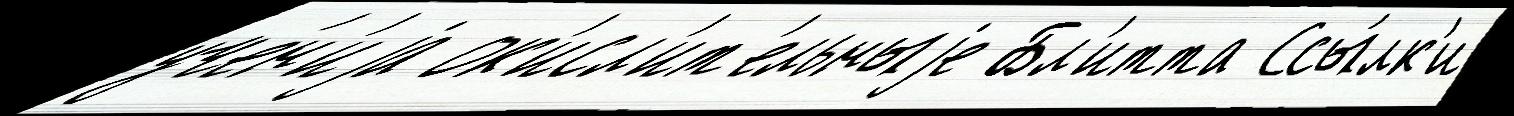
уче́н'иjа ок'исл'ит'ельныjе Бл'итта Ссы́лк'и